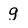
Character: g